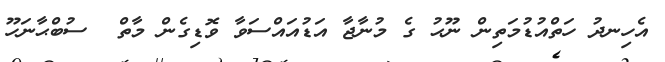
އެހިނދު ހަތްއުޑުމަތިން ނޫޙު ގެ މުނާޖާ އަޑުއައްސަވާ ވޮޑިގެން މާތް  ސުބްޙާނަހޫ